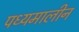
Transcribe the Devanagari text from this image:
पध्यमालीन